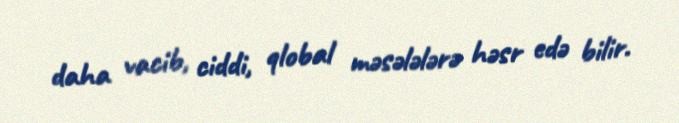
daha vacib, ciddi, qlobal məsələlərə həsr edə bilir.